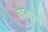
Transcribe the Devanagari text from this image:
चहमाण